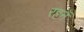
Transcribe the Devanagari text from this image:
रहनॅ